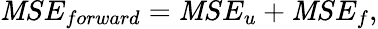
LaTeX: \mathit{M}SE_{forward}=\mathit{M}SE_{u}+\mathit{M}SE_{f},